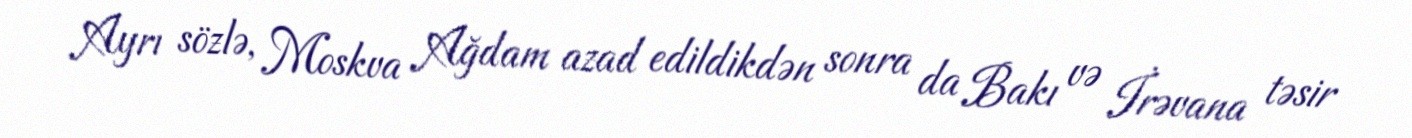
Ayrı sözlə, Moskva Ağdam azad edildikdən sonra da Bakı və İrəvana təsir